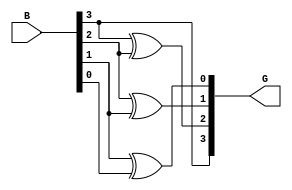
module bin_gray(B,G);
input[3:0]B;
output[3:0]G;
assign G[3]=B[3];
assign G[2]=B[3]^B[2];
assign G[1]=B[2]^B[1];
assign G[0]=B[1]^B[0];
endmodule